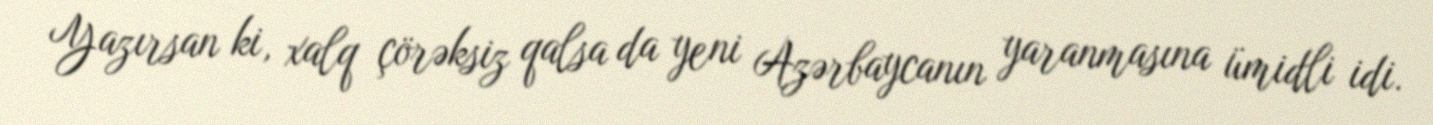
Yazırsan ki, xalq çörəksiz qalsa da yeni Azərbaycanın yaranmasına ümidli idi.